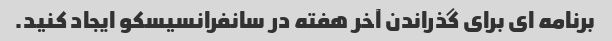
برنامه ای برای گذراندن آخر هفته در سانفرانسیسکو ایجاد کنید.